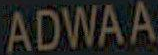
ADWAA